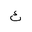
Letter: _tha